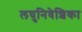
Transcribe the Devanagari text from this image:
लघुनिवेशिका